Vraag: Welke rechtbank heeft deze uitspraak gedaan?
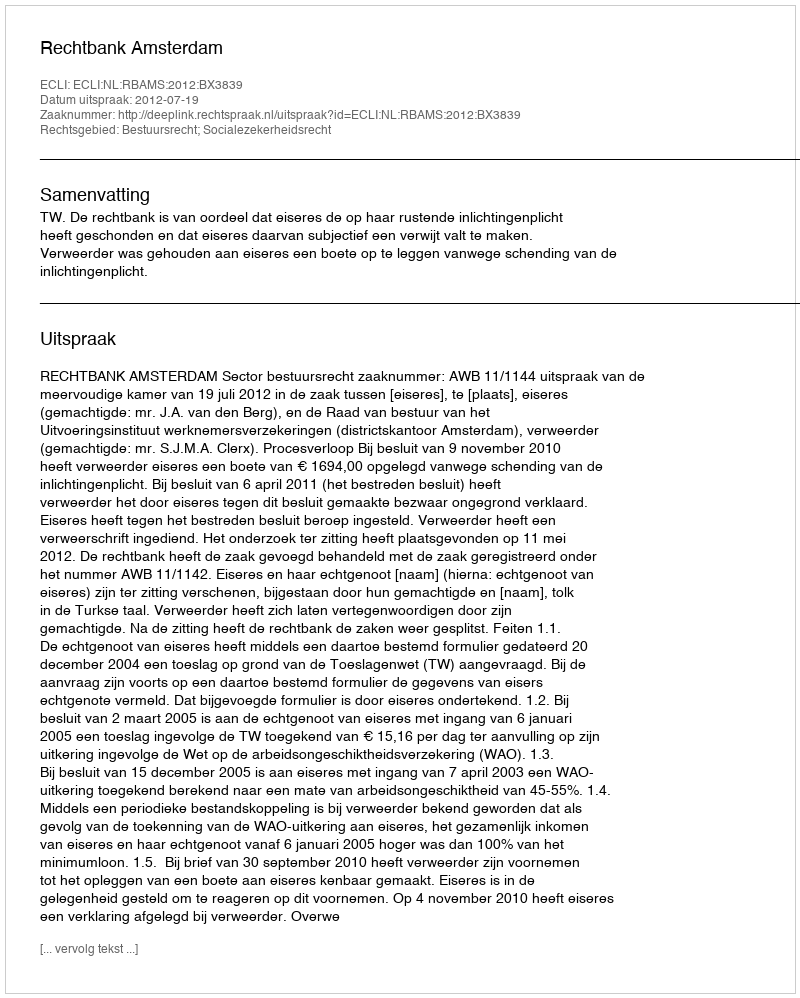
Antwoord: Rechtbank Amsterdam